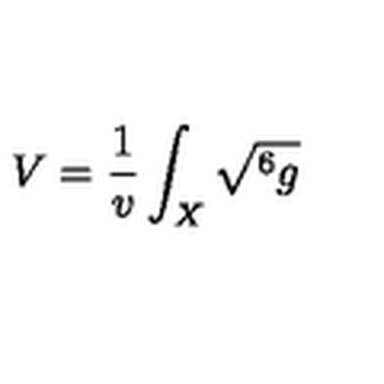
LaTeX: V = \frac { 1 } { v } \int _ { X } \sqrt { ^ 6 g }